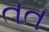
તત